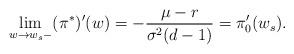
LaTeX: \begin{align*}\lim_{w\rightarrow w_s-}(\pi^\ast)'(w)=-\frac{\mu-r}{\sigma^2(d-1)}=\pi_0'(w_s).\end{align*}